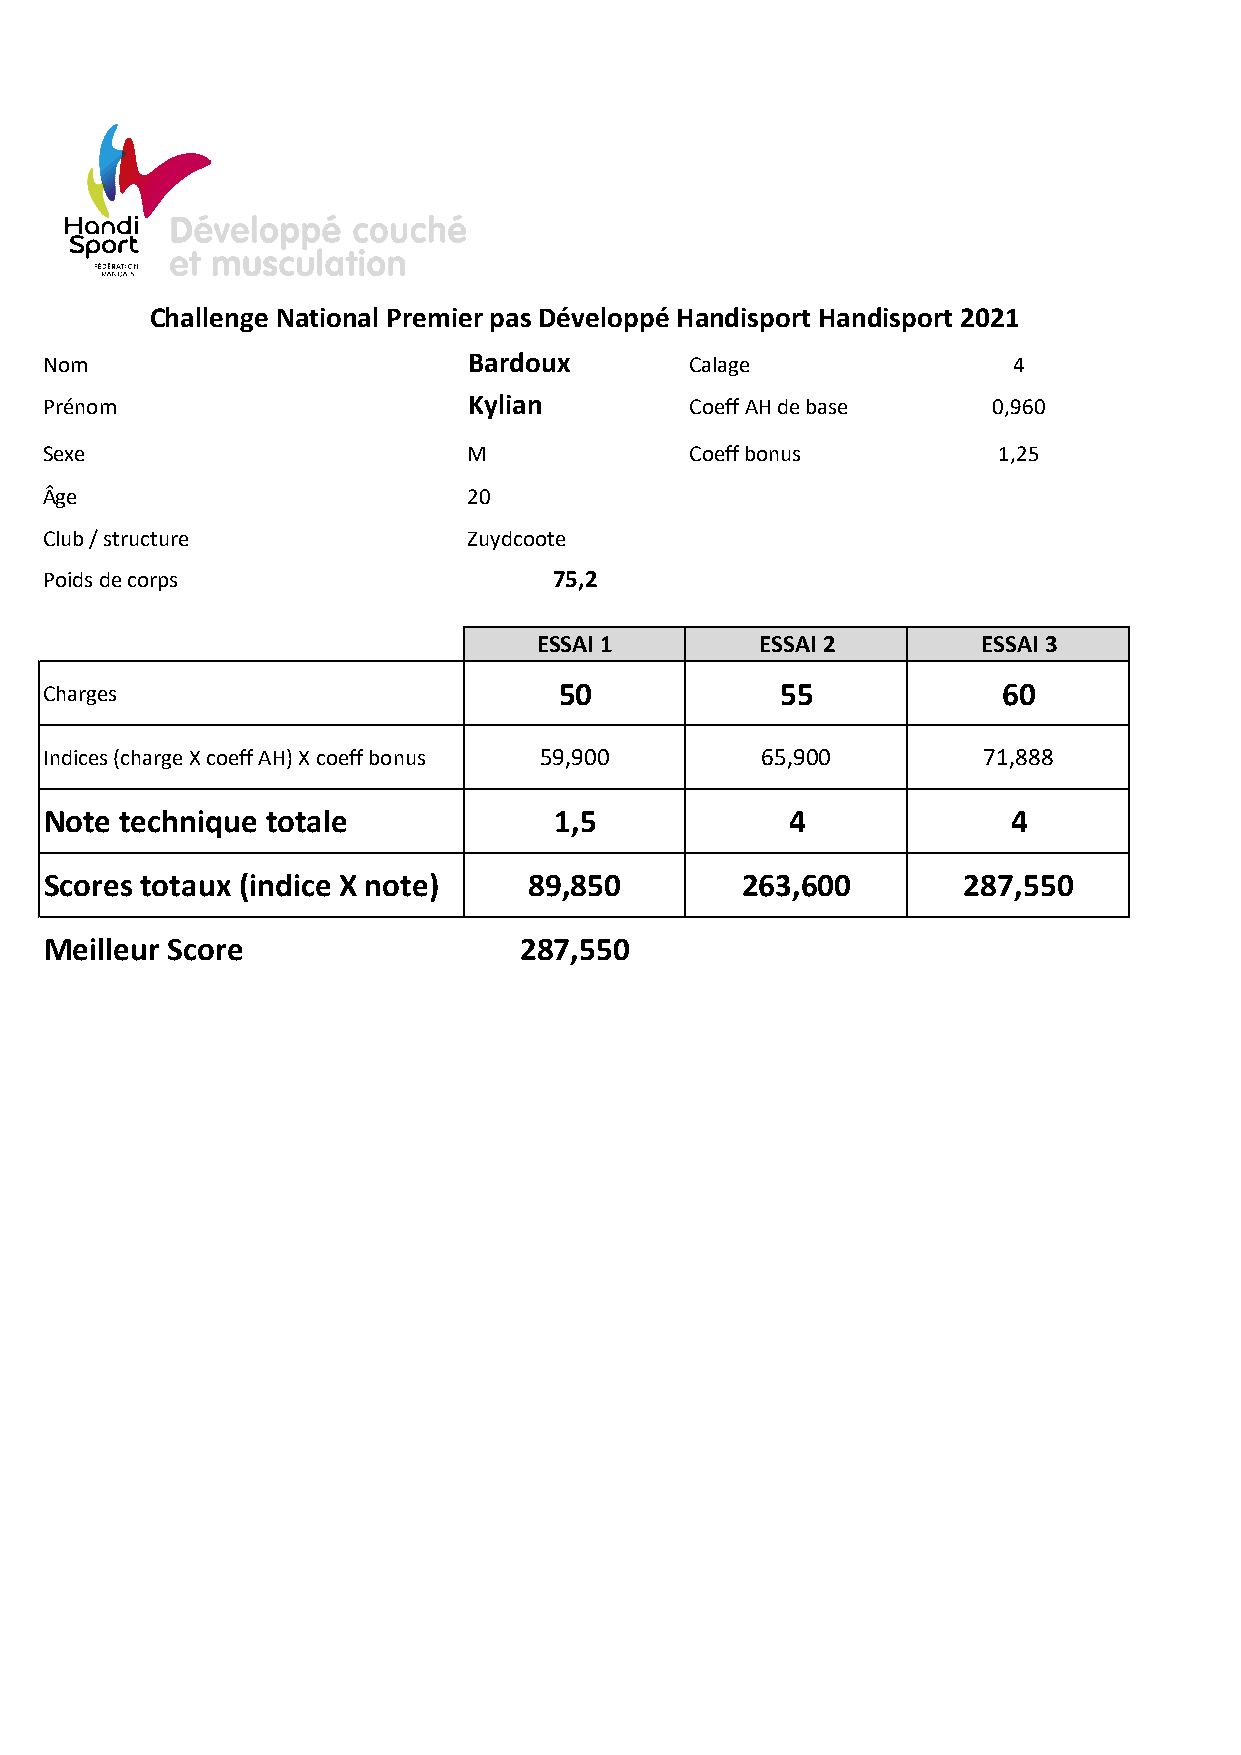
Challenge National Premier pas Développé Handisport Handisport 2021
 Nom                         Bardoux        Calage               4
 Prénom                      Kylian         Coeff AH de base    0,960
 Sexe                        M              Coeff bonus         1,25
 Âge                         20
 Club / structure            Zuydcoote
 Poids de corps                    75,2
 ESSAI 1       ESSAI 2        ESSAI 3
 Charges                           50             55            60
 Indices (charge X coeff AH) X coeff bonus 59,900 65,900       71,888
 Note technique totale             1,5            4              4
 Scores totaux (indice X note)   89,850        263,600        287,550
 Meilleur Score                 287,550